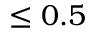
\le 0 . 5